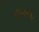
હશ